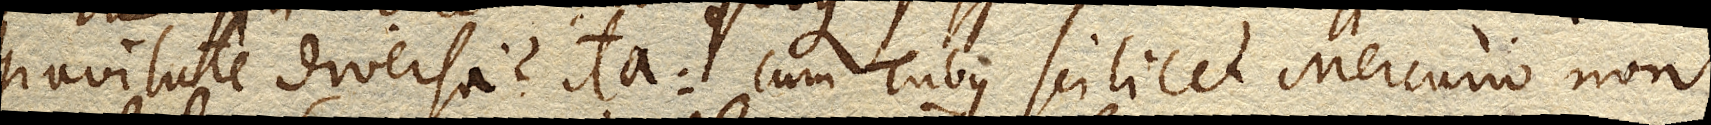
gravitate diversa? Ita: cum Tubus scilicet Mercurio non